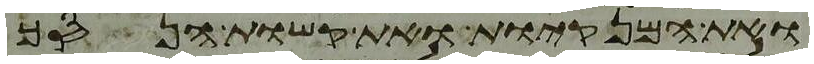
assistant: ואת המנקיות ואת קשות הנסך